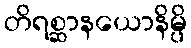
တိရစ္ဆာနယောနိမ္ပိ